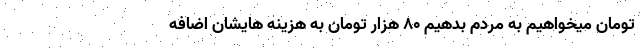
تومان میخواهیم به مردم بدهیم ٨٠ هزار تومان به هزینه هایشان اضافه